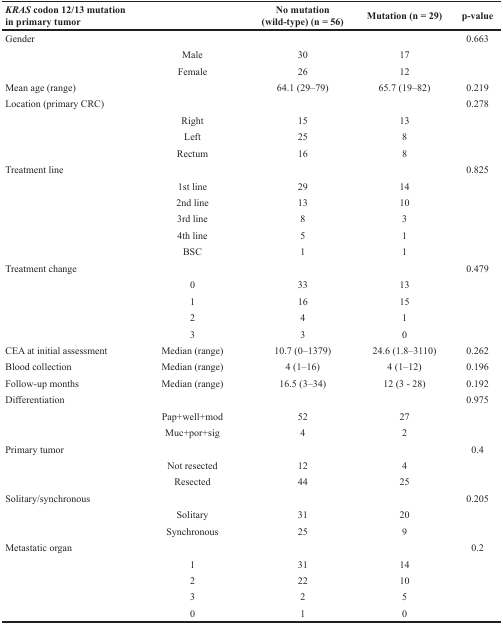
<table><thead><tr><td><b><i>KRAS</i> codon 12/13 mutation in primary tumor</b></td><td></td><td><b>No mutation (wild-type) (n = 56)</b></td><td><b>Mutation (n = 29)</b></td><td><b>p-value</b></td></tr></thead><tbody><tr><td>Gender</td><td></td><td></td><td></td><td>0.663</td></tr><tr><td></td><td>Male</td><td>30</td><td>17</td><td></td></tr><tr><td></td><td>Female</td><td>26</td><td>12</td><td></td></tr><tr><td>Mean age (range)</td><td></td><td>64.1 (29–79)</td><td>65.7 (19–82)</td><td>0.219</td></tr><tr><td>Location (primary CRC)</td><td></td><td></td><td></td><td>0.278</td></tr><tr><td></td><td>Right</td><td>15</td><td>13</td><td></td></tr><tr><td></td><td>Left</td><td>25</td><td>8</td><td></td></tr><tr><td></td><td>Rectum</td><td>16</td><td>8</td><td></td></tr><tr><td>Treatment line</td><td></td><td></td><td></td><td>0.825</td></tr><tr><td></td><td>1st line</td><td>29</td><td>14</td><td></td></tr><tr><td></td><td>2nd line</td><td>13</td><td>10</td><td></td></tr><tr><td></td><td>3rd line</td><td>8</td><td>3</td><td></td></tr><tr><td></td><td>4th line</td><td>5</td><td>1</td><td></td></tr><tr><td></td><td>BSC</td><td>1</td><td>1</td><td></td></tr><tr><td>Treatment change</td><td></td><td></td><td></td><td>0.479</td></tr><tr><td></td><td>0</td><td>33</td><td>13</td><td></td></tr><tr><td></td><td>1</td><td>16</td><td>15</td><td></td></tr><tr><td></td><td>2</td><td>4</td><td>1</td><td></td></tr><tr><td></td><td>3</td><td>3</td><td>0</td><td></td></tr><tr><td>CEA at initial assessment</td><td>Median (range)</td><td>10.7 (0–1379)</td><td>24.6 (1.8–3110)</td><td>0.262</td></tr><tr><td>Blood collection</td><td>Median (range)</td><td>4 (1–16)</td><td>4 (1–12)</td><td>0.196</td></tr><tr><td>Follow-up months</td><td>Median (range)</td><td>16.5 (3–34)</td><td>12 (3 - 28)</td><td>0.192</td></tr><tr><td>Differentiation</td><td></td><td></td><td></td><td>0.975</td></tr><tr><td></td><td>Pap+well+mod</td><td>52</td><td>27</td><td></td></tr><tr><td></td><td>Muc+por+sig</td><td>4</td><td>2</td><td></td></tr><tr><td>Primary tumor</td><td></td><td></td><td></td><td>0.4</td></tr><tr><td></td><td>Not resected</td><td>12</td><td>4</td><td></td></tr><tr><td></td><td>Resected</td><td>44</td><td>25</td><td></td></tr><tr><td>Solitary/synchronous</td><td></td><td></td><td></td><td>0.205</td></tr><tr><td></td><td>Solitary</td><td>31</td><td>20</td><td></td></tr><tr><td></td><td>Synchronous</td><td>25</td><td>9</td><td></td></tr><tr><td>Metastatic organ</td><td></td><td></td><td></td><td>0.2</td></tr><tr><td></td><td>1</td><td>31</td><td>14</td><td></td></tr><tr><td></td><td>2</td><td>22</td><td>10</td><td></td></tr><tr><td></td><td>3</td><td>2</td><td>5</td><td></td></tr><tr><td></td><td>0</td><td>1</td><td>0</td><td></td></tr></tbody></table>